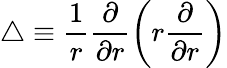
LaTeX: \triangle\equiv\frac{1}{r}\frac{\partial}{\partial r}\left(r\frac{\partial}{\partial r}\right)